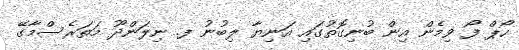
ހޯޕް ފޯ ވިމެން އިން ބުނިގޮތުގައި އަނިޔާ ލިބުނު ފ. ނިލަންދޫ މަތަރެސްމާގޭ